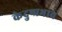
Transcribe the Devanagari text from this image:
केदुष्प्रभाव